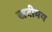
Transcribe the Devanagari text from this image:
खटीमय